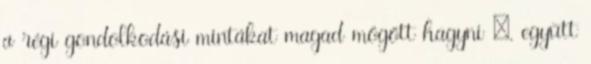
a régi gondolkodási mintákat magad mögött hagyni –, együtt